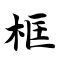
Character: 框